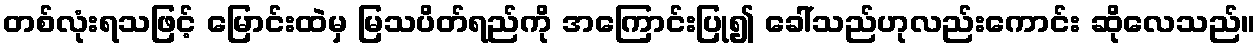
တစ်လုံးရသဖြင့် မြောင်းထဲမှ မြသပိတ်ရည်ကို အကြောင်းပြု၍ ခေါ်သည်ဟုလည်းကောင်း ဆိုလေသည်။